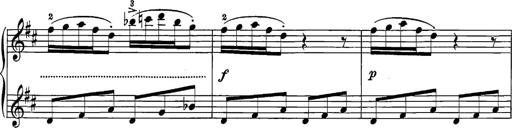
Title: 12 Sonatine per Pianoforte
Composer: Friedrich Kuhlau